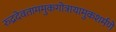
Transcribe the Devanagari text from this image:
रुद्रदेवताममुकगोत्रायामुकशर्मणे